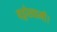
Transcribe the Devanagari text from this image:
षड्गोस्वामी।